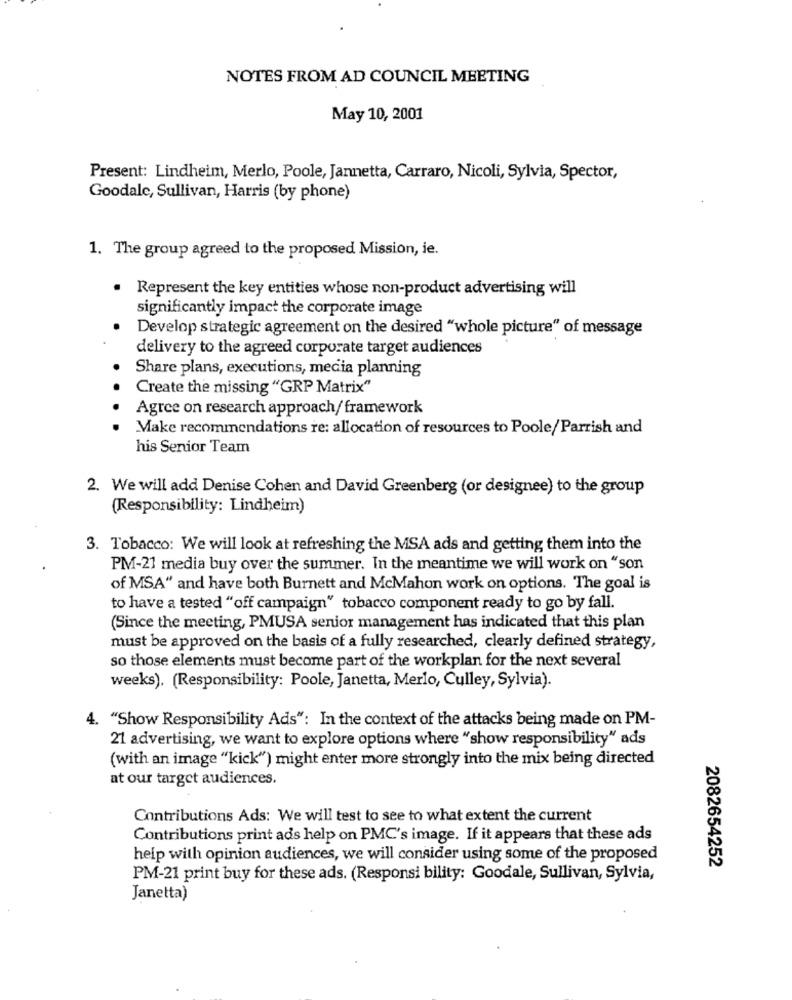
NOTES FROM AD COUNCIL MEETING
May 10, 2001
Present: Lindheim, Merlo, Poole, Jannetta, Carraro, Nicoli, Sylvia, Spector,
Goodale, Sullivan, Harris (by phone)
1. The group agreed to the proposed Mission, ie.
Represent the key entities whose non-product advertising will
significantly impact the corporate image
Develop strategic agreement on the desired "whole picture" of message
delivery to the agreed corporate target audiences
Share plans, executions, media planning
Create the missing "GRP Matrix"
Agree on research approach/ framework
Make recommendations re: allocation of resources to Poole/Parrish and
his Senior Team
2. We will add Denise Cohen and David Greenberg (or designee) to the group
(Responsibility: Lindheim)
3. Tobacco: We will look at refreshing the MSA ads and getting them into the
PM-21 media buy over the summer. In the meantime we will work on "son
of MSA" and have both Burnett and McMahon work on options. The goal is
to have a tested "off campaign" tobacco component ready to go by fall.
(Since the meeting, PMUSA senior management has indicated that this plan
must be approved on the basis of a fully researched, clearly defined strategy,
so those elements must become part of the workplan for the next several
weeks). (Responsibility: Poole, Janetta, Merlo, Culley, Sylvia).
4. "Show Responsibility Ads": In the context of the attacks being made on PM-
21 advertising, we want to explore options where "show responsibility" ads
(with an image "kick") might enter more strongly into the mix being directed
at our target audiences.
Contributions Ads: We will test to see to what extent the current
Contributions print ads help on PMC's image. If it appears that these ads
help with opinion audiences, we will consider using some of the proposed
2082654252
PM-21 print buy for these ads. (Responsi bility: Goodale, Sullivan, Sylvia,
Janetta)